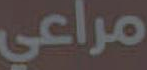
مراعي